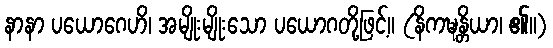
နာနာ ပယောဂေဟိ၊ အမျိုးမျိုးသော ပယောဂတို့ဖြင့်။ (နိကဍ္ဎန္တိယာ၊ ၏။)